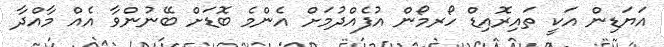
އަޔަޑިން އަކީ ތައިރޮއިޑް ހޯރމޯން އުފެއްދުމަށް އެންމެ ބޮޑަށް ބޭނުންވާ އެއް މާއްދާ